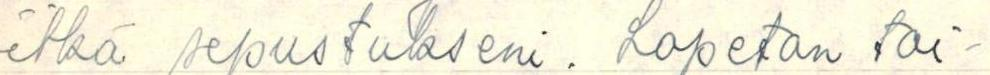
itkä sepustukseni. Lopetan toi-